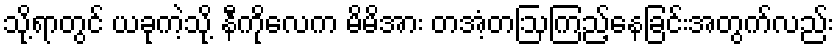
သို့ရာတွင် ယခုကဲ့သို့ နီကိုလေက မိမိအား တအံ့တဩကြည့်နေခြင်းအတွက်လည်း